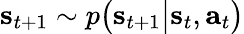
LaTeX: \mathbf{s}_{t+1}\sim p\big(\mathbf{s}_{t+1}\big|\mathbf{s}_{t},\mathbf{a}_{t}\big)